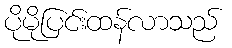
ပိုမိုပြင်းထန်လာသည်